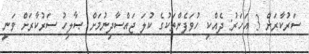
ސަރުކާރަށް 3 އަހަރު: ދެއްކި ހުވަފެންތަކުގެ ކުލަ ޖައްސާދިނުމަށް ޞާލިހު ސަރުކާރަށް ވަނީީ